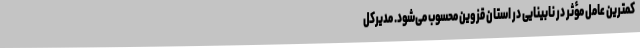
کمترین عامل مؤثر در نابینایی در استان قزوین محسوب می‌شود. مدیرکل